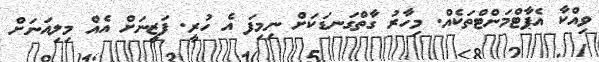
ވިއްކާ އެޕާޓްމަންޓްތަކެއް. މިހާރު ގާތްގަނޑަކަށް ނިމިފަ އެ ހުރީ. ފަޒީނަށް އެއް މިލިއަނަށް